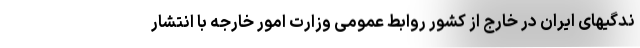
ندگیهای ایران در خارج از کشور روابط عمومی وزارت امور خارجه با انتشار